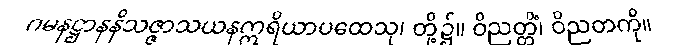
ဂမနဋ္ဌာနနိသဇ္ဇာသယနဣရိယာပထေသု၊ တို့၌။ ဝိညတ္တိံ၊ ဝိညတကို။